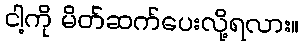
ငါ့ကို မိတ်ဆက်ပေးလို့ရလား။